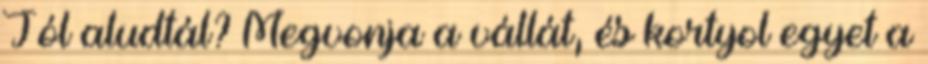
Jól aludtál? Megvonja a vállát, és kortyol egyet a